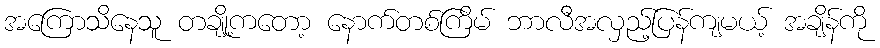
အကြောသိနေသူ တချို့ကတော့ နောက်တစ်ကြိမ် ဘာလီအလှည့်ပြန်ကျမယ့် အချိန်ကို